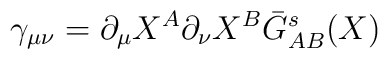
\gamma_{\mu \nu} =\partial_\mu X^{A} \partial_\nu X^{B}  \bar{G}^s_{A B}(X)